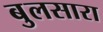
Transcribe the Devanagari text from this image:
बुलसारा